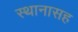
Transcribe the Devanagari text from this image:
स्थानासह